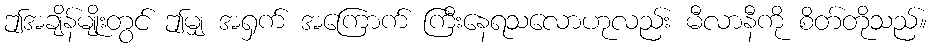
ဤအချိန်မျိုးတွင် ဤမျှ အရှက် အကြောက် ကြီးနေရသလောဟုလည်း မီလာနီကို စိတ်တိုသည်။